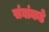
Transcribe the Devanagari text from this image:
संघांकडे